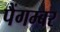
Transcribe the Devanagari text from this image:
पैंगम्‍बर